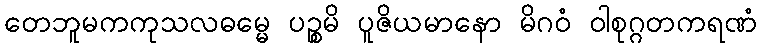
တေဘူမကကုသလဓမ္မေ ပဉ္စမိ ပူဇိယမာနော မိဂဝံ ဝါစုဂ္ဂတကရဏံ